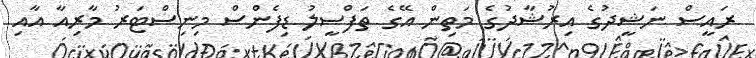
ރައީސް ނަޝީދުގެ އިރުޝާދުގެ މަތިން އޭގެ ތަފްސީލު ޑިފެންސް މިނިސްޓަރު މާރިއާ އާއި